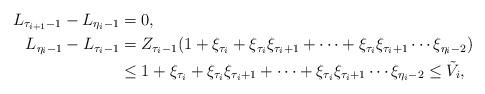
LaTeX: \begin{align*}L_{\tau_{i+1}-1}-L_{\eta_i-1}&=0,\\L_{\eta_i-1}-L_{\tau_i-1}&=Z_{\tau_i-1}(1+\xi_{\tau_i}+\xi_{\tau_i}\xi_{\tau_i+1}+\dots+\xi_{\tau_i}\xi_{\tau_i+1}\cdots\xi_{\eta_i-2})\\ &\le 1+\xi_{\tau_i}+\xi_{\tau_i}\xi_{\tau_i+1}+\dots+\xi_{\tau_i}\xi_{\tau_i+1}\cdots\xi_{\eta_i-2}\le \tilde V_i,\end{align*}